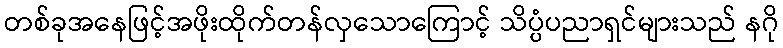
တစ်ခုအနေဖြင့်အဖိုးထိုက်တန်လှသောကြောင့် သိပ္ပံပညာရှင်များသည် နဂို